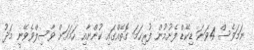
ނަމަވެސް 4ވަނަ ޑިކޭޑް ފެށުމުން ފުރިހަމަ ގޮތެއްގައި ކުންނާއި ހަމައަށް ވާސިލްވެވޭނީ މަދު